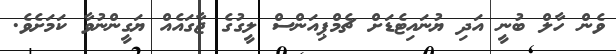
ވެން ހާލް ބުނީ އަދި ޔުނައިޓެޑަށް ޗެމްޕިއަންސް ލީގުގެ ޖާގައެއް ޔަގީންނުވާ ކަމަށެވެ.